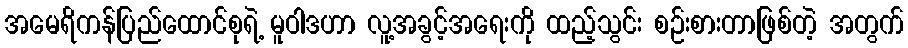
အမေရိကန်ပြည်ထောင်စုရဲ့ မူဝါဒဟာ လူ့အခွင့်အရေးကို ထည့်သွင်း စဉ်းစားတာဖြစ်တဲ့ အတွက်